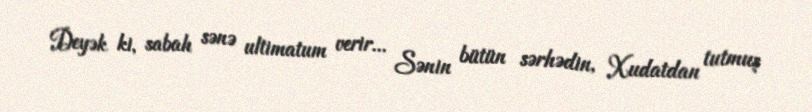
Deyək ki, sabah sənə ultimatum verir... Sənin bütün sərhədin, Xudatdan tutmuş